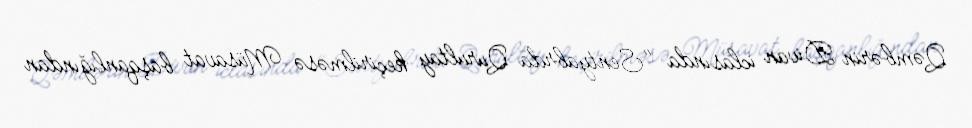
Qəmbərin Divan iclasında "Sentyabrda Qurultay keçirilməsə Müsavat başqanlığından